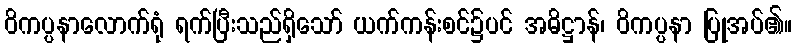
ဝိကပ္ပနာလောက်ရုံ ရက်ပြီးသည်ရှိသော် ယက်ကန်းစင်၌ပင် အဓိဋ္ဌာန်၊ ဝိကပ္ပနာ ပြုအပ်၏။